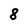
Character: 8